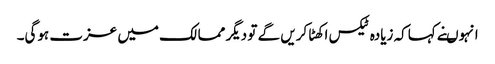
انہوںنے کہاکہ زیادہ ٹیکس اکھٹا کریں گے تو دیگر ممالک میں عزت ہوگی۔